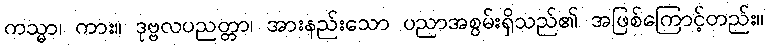
ကသ္မာ၊ ကား။ ဒုဗ္ဗလပညတ္တာ၊ အားနည်းသော ပညာအစွမ်းရှိသည်၏ အဖြစ်ကြောင့်တည်း။